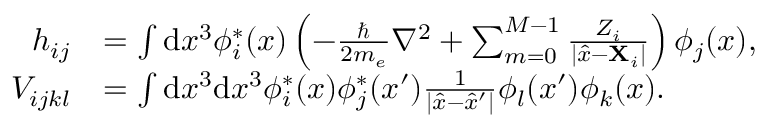
\begin{array} { r l } { h _ { i j } } & { = \int \mathrm { d } x ^ { 3 } \phi _ { i } ^ { \ast } ( x ) \left( - \frac { \hbar } { 2 m _ { e } } \nabla ^ { 2 } + \sum _ { m = 0 } ^ { M - 1 } \frac { Z _ { i } } { | \hat { x } - \mathbf { X } _ { i } | } \right) \phi _ { j } ( x ) , } \\ { V _ { i j k l } } & { = \int \mathrm { d } x ^ { 3 } \mathrm { d } x ^ { 3 } \phi _ { i } ^ { \ast } ( x ) \phi _ { j } ^ { \ast } ( x ^ { \prime } ) \frac { 1 } { | \hat { x } - \hat { x } ^ { \prime } | } \phi _ { l } ( x ^ { \prime } ) \phi _ { k } ( x ) . } \end{array}